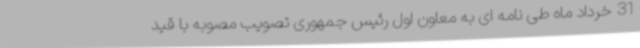
31 خرداد ماه طی نامه ای به معاون اول رئیس جمهوری تصویب مصوبه با قید